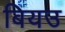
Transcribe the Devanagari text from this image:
बियउ